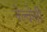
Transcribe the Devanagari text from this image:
नेल्वेली